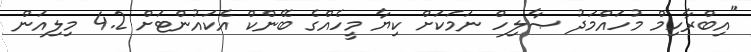
"އިބްރާހިމް މުހައްމަދު ޞާލިހް ނަމަކަށް ކިޔާ މީހެއްގެ ބޭންކް އެކައުންޓަށް 4.2 މިލިއަން